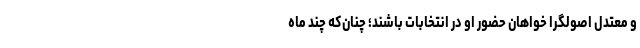
و معتدل اصولگرا خواهان حضور او در انتخابات باشند؛ چنان‌که چند ماه